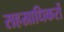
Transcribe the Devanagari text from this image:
सहस्राधिकरों